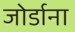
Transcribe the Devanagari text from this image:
जोर्डाना